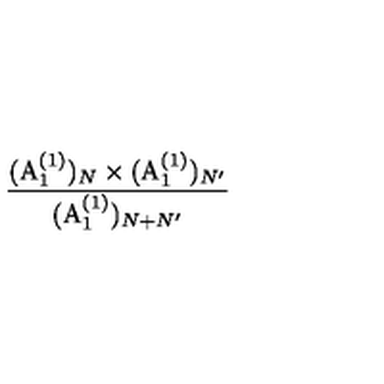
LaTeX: \frac { ( \mathrm { A } _ { 1 } ^ { ( 1 ) } ) _ { N } \times ( \mathrm { A } _ { 1 } ^ { ( 1 ) } ) _ { N ^ { \prime } } } { ( \mathrm { A } _ { 1 } ^ { ( 1 ) } ) _ { N + N ^ { \prime } } }